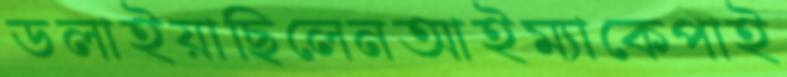
ডলাইয়াছিলেনআইম্যাকেপাই